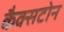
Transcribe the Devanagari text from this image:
कैक्सटोन